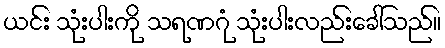
ယင်း သုံးပါးကို သရဏဂုံ သုံးပါးလည်းခေါ်သည်။